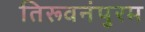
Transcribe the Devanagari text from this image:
तिरूवनंपुरम